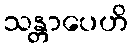
သန္တာပေဟိ